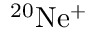
\mathrm { ^ { 2 0 } N e ^ { + } }